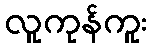
လူကုန်ကူး